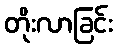
တိုးလာခြင်း